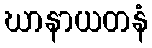
ဃာနာယတနံ